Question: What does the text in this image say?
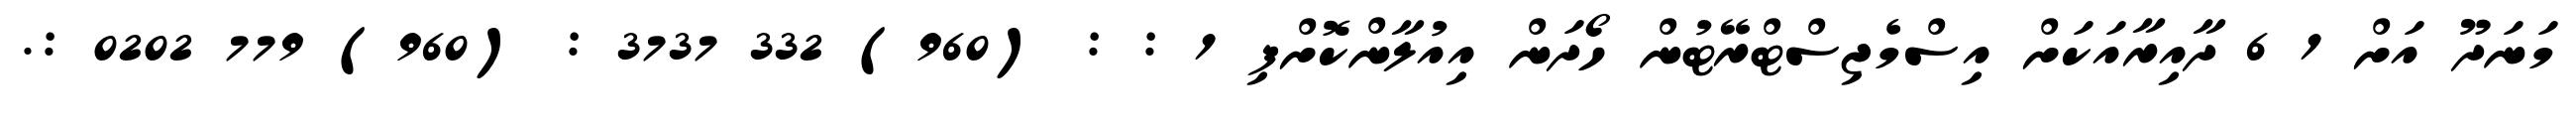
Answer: މަނަދޫ އަށް 1 6 ދާއިރާއަކަށް އިސްމެޖިސްޓްރޭޓުން ހޯދަން އިއުލާންކޮށްފި 1 : : (960) 332 3737 : (960) 779 0202 :.